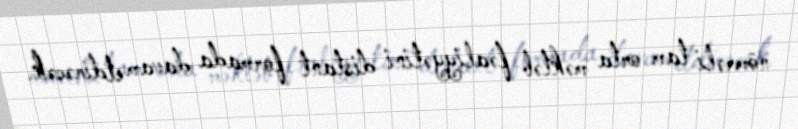
nömrəli tam orta məktəb fəaliyyətini distant formada davam etdirəcək.